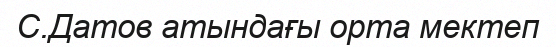
С.Датов атындағы орта мектеп